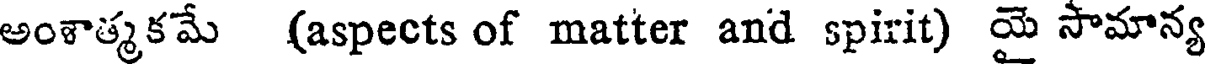
అంశాత్మకమే (aspects of matter and spirit) యై సామాన్య